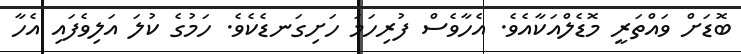
ބޮޑަށް ވައްތަރީ މޮޑެލްއަކާއެވެ. އެހާވެސް ފުރިހަމަ ހަށިގަނޑެކެވެ. ހަމުގެ ކުލަ އަލިވެފައި އެހާ